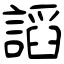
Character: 謟